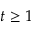
t \geq 1